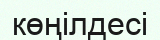
көңілдесі